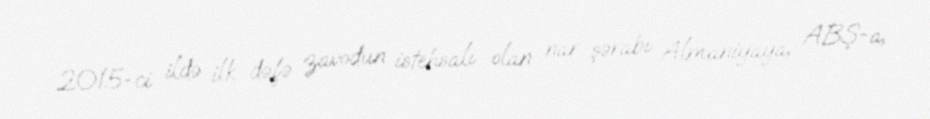
2015-ci ildə ilk dəfə zavodun istehsalı olan nar şərabı Almaniyaya, ABŞ-a,